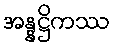
အန္နဋ္ဌိကဿ